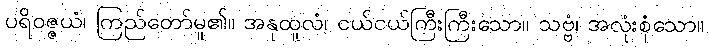
ပရိဝဇ္ဇယံ၊ ကြည်တော်မူ၏။ အနုထူလံ၊ ငယ်ငယ်ကြီးကြီးသော။ သဗ္ဗံ၊ အလုံးစုံသော။